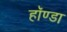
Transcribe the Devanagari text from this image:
हॉण्डा